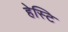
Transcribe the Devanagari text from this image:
हेस्टि